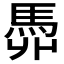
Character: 𩢓